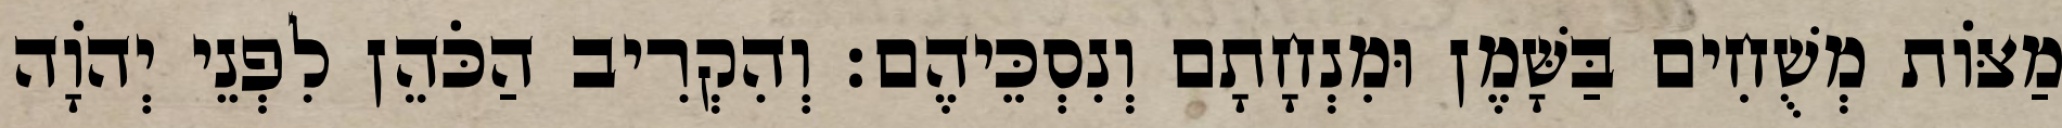
מַצּוֹת מְשֻׁחִים בַּשָּׁמֶן וּמִנְחָתָם וְנִסְכֵּיהֶם׃ וְהִקְרִיב הַכֹּהֵן לִפְנֵי יְהוָֹה